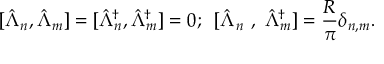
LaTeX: \mathrm { [ } \hat { \Lambda } _ { n } , \hat { \Lambda } _ { m } ] = [ \hat { \Lambda } _ { n } ^ { \dagger } , \hat { \Lambda } _ { m } ^ { \dagger } ] = 0 ; \, \, \, [ \hat { \Lambda } _ { n } \, \, , \, \, \hat { \Lambda } _ { m } ^ { \dagger } ] = \frac { R } { \pi } \delta _ { n , m } .